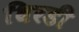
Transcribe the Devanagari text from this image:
धिरडी